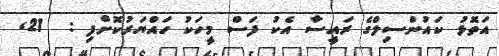
އަތޮޅު ކައުންސިލްގެ ރައީސާ އެކު ފަސް މީހަކު ހައްޔަރުކޮށްފި :  21